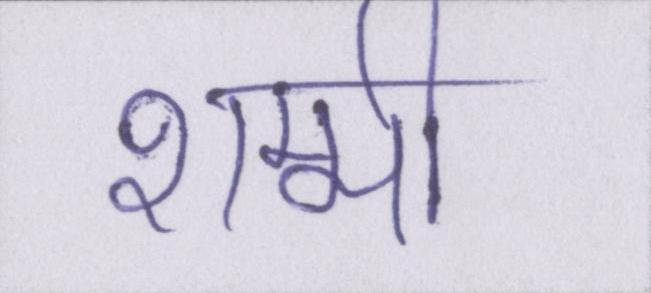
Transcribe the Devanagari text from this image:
शम्मी